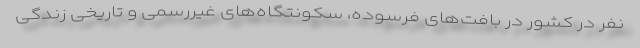
نفر در کشور در بافت‌های فرسوده، سکونتگاه‌های غیررسمی و تاریخی زندگی